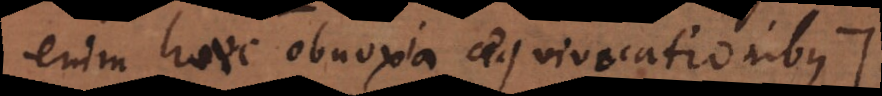
enim haec obnoxia aequivocationibus).